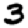
Digit: 3